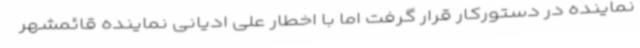
نماینده در دستورکار قرار گرفت اما با اخطار علی ادیانی نماینده قائمشهر